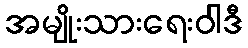
အမျိုးသားရေးဝါဒီ